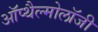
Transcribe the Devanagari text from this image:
ऑप्थैल्मोलॉजी